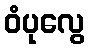
ဝံပုလွေ